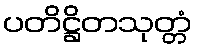
ပတိဋ္ဌိတသုတ္တံ